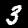
Digit: 3